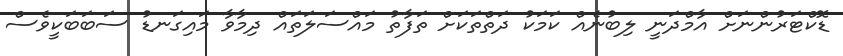
ޑޮކްޓަރުންނަށް އާމްދަނީ ލިބުނެއް ކަމަކު ދަތްތަކަށް ތަފާތު މައްސަލަތައް ދިމާވާ މައިގަނޑު ސަބަބަކީވެސް